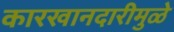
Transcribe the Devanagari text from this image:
कारखानदारीमुळे